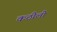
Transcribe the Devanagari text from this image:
कठीली